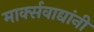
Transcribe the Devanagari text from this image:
मार्क्‍सवाद्यांनी